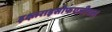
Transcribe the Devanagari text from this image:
इक्ष्तराइसोफएजीयल